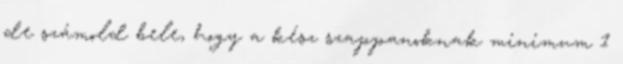
de számold bele, hogy a kész szappanoknak minimum 1